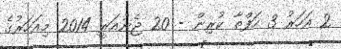
2 އަހަރު 3 ހަފްތާ ކުރިން - 20 ޖެނުއަރީ 2014 މިއަހަރުގެ